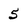
Character: 5